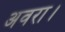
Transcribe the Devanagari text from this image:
अवरा।